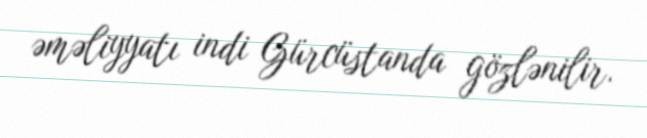
əməliyyatı indi Gürcüstanda gözlənilir.